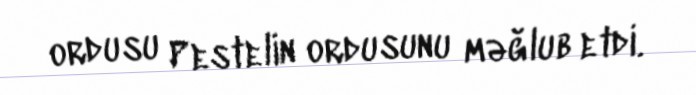
ordusu Pestelin ordusunu məğlub etdi.